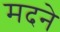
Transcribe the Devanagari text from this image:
मदने